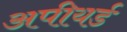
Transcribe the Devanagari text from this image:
अपीयर्ड